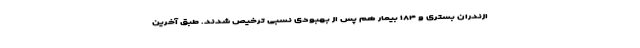
ازندران بستری و ۱۸۴ بیمار هم پس از بهبودی نسبی ترخیص شدند. طبق آخرین